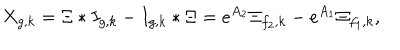
X _ { g , k } = \Xi \ast I _ { g , k } - I _ { g , k } \ast \Xi = e ^ { A _ { 2 } } \Xi _ { f _ { 2 } , k } - e ^ { A _ { 1 } } \Xi _ { f _ { 1 } , k } ,